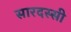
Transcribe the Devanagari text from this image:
सारदस्सी